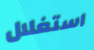
استغلال